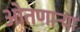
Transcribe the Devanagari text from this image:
ओतणाऱ्या